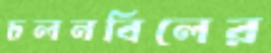
চলনবিলের